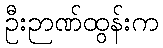
ဦးဉာဏ်ထွန်းက